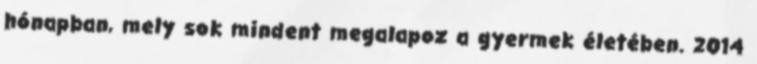
hónapban, mely sok mindent megalapoz a gyermek életében. 2014